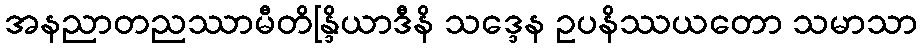
အနညာတညဿာမီတိန္ဒြိယာဒီနိ သဒ္ဒေန ဥပနိဿယတော သမာသာ